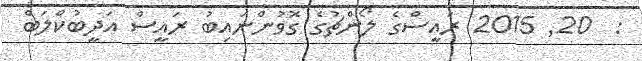
:  20